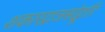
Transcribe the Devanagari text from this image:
शकारद्राजसोद्भूतिः